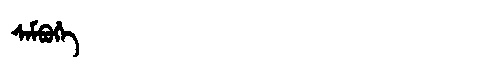
Manchu: ᠰᡝᠮᠪᡠᡥᡝ
Romanization: SEMBUHE